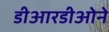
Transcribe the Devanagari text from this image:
डीआरडीओने